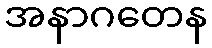
အနာဂတေန